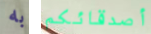
به أصدقائكم